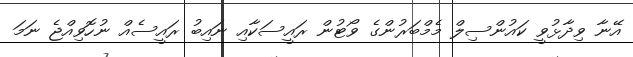
އޭނާ ވިދާޅުވީ ކައުންސިލް މެމްބަރުންގެ ވޯޓުން ރައީސަކާއި ނައިބު ރައީސެއް ނުހޮވިއްޖެ ނަމަ